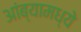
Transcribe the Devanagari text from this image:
आंब्यामध्ये